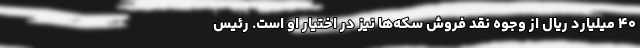
۴۰ میلیارد ریال از وجوه نقد فروش سکه‌ها نیز در اختیار او است. رئیس